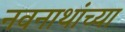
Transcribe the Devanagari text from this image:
नवनाथांच्या